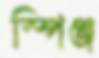
স্পিঞ্জ